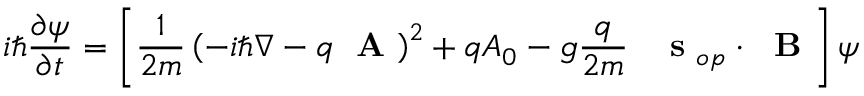
i \hbar \frac { \partial \psi } { \partial t } = \left[ \frac { 1 } { 2 m } \left( - i \hbar \nabla - q \mathrm { ~ \bf ~ A ~ } \right) ^ { 2 } + q A _ { 0 } - g \frac { q } { 2 m } \; \; \mathrm { ~ \bf ~ s ~ } _ { o p } \cdot \mathrm { ~ \bf ~ B ~ } \right] \psi